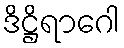
ဒိဋ္ဌိရာဂေါ